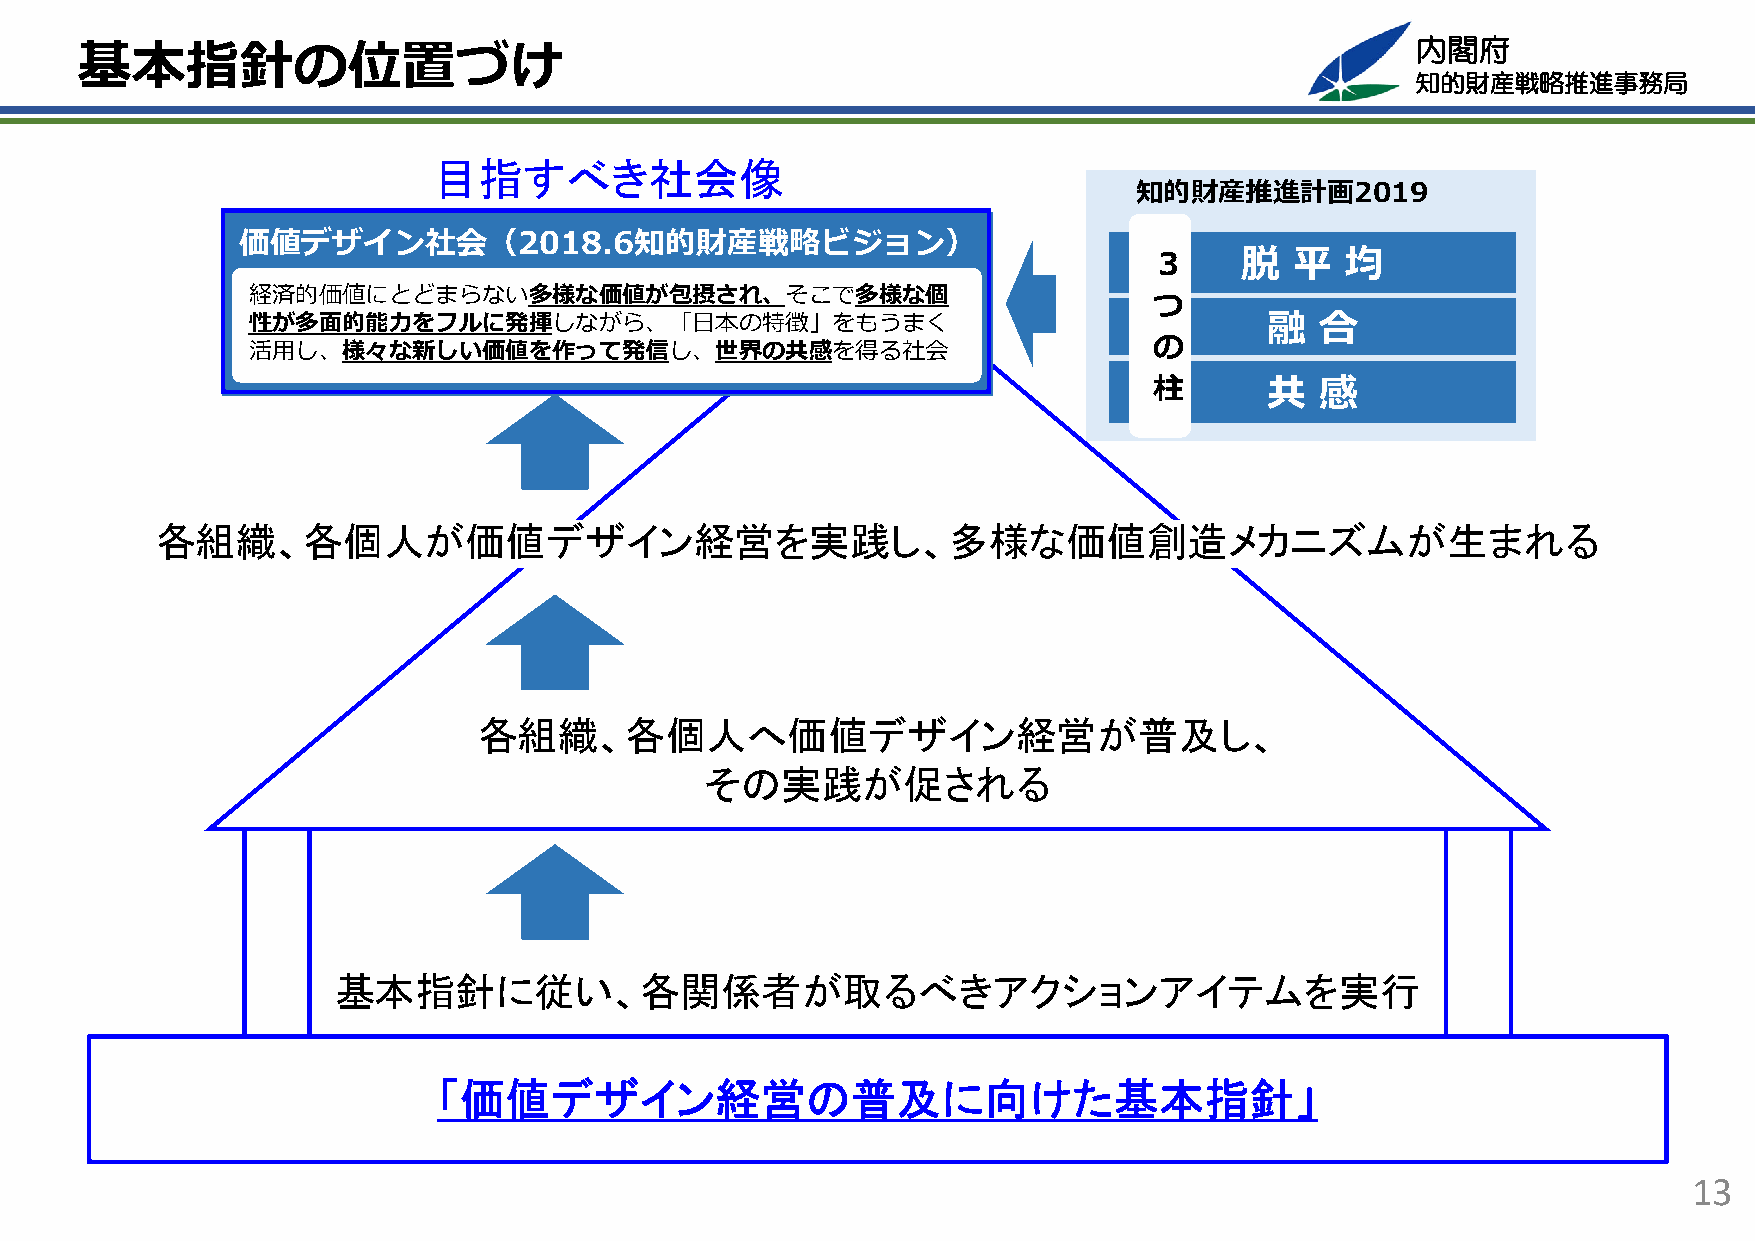
内閣府
 基本指針の位置づけ
 知的財産戦略推進事務局
 目指すべき社会像
 知的財産推進計画2019
 価値デザイン社会（2018.6知的財産戦略ビジョン）
 ３
 脱   平  均
 経済的価値にとどまらない多様な価値が包摂され、そこで多様な個                              つ
 性が多⾯的能⼒をフルに発揮しながら、「⽇本の特徴」をもうまく                                      融  合
 の
 活⽤し、様々な新しい価値を作って発信し、世界の共感を得る社会
 柱
 共  感
 各組織、各個人が価値デザイン経営を実践し、多様な価値創造メカニズムが生まれる
 各組織、各個人へ価値デザイン経営が普及し、
 その実践が促される
 基本指針に従い、各関係者が取るべきアクションアイテムを実行
 「価値デザイン経営の普及に向けた基本指針」
 13